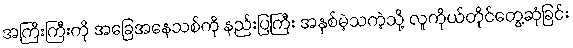
အကြီးကြီးကို အခြေအနေသစ်ကို နည်းပြကြီး အနှစ်မဲ့သကဲ့သို့ လူကိုယ်တိုင်တွေ့ဆုံခြင်း